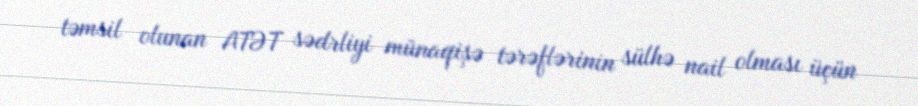
təmsil olunan ATƏT sədrliyi münaqişə tərəflərinin sülhə nail olması üçün